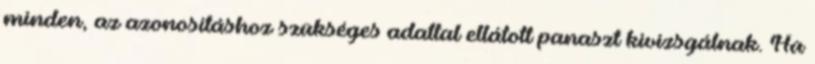
minden, az azonosításhoz szükséges adattal ellátott panaszt kivizsgálnak. Ha